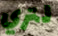
لتري